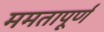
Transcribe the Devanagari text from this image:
ममतापूर्ण